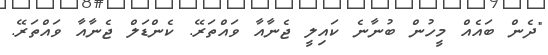
"ދެން ބައެއް މީހުން ބުނާނެ ކައިލީ ޖެނާއާ ވައްތަރޭ. ކެންޑަލް ޖެނާއާ ވައްތަރޭ.